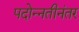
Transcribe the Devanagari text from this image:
पदोन्नतीनंतर